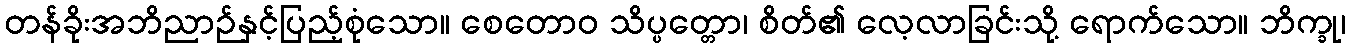
တန်ခိုးအဘိညာဉ်နှင့်ပြည့်စုံသော။ စေတောဝ သိပ္ပတ္တော၊ စိတ်၏ လေ့လာခြင်းသို့ ရောက်သော။ ဘိက္ခု၊